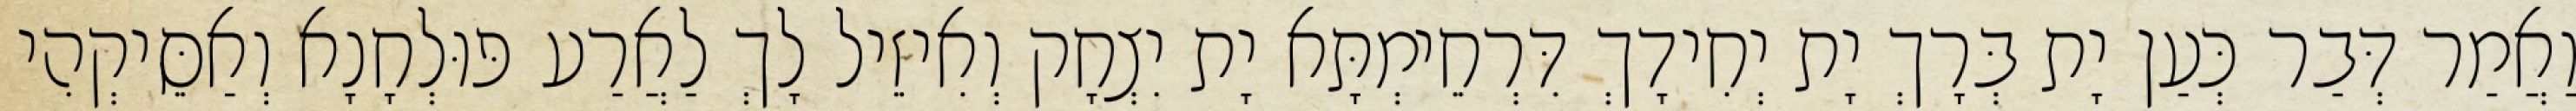
וַאֲמַר דְּבַר כְּעַן יָת בְּרָךְ יָת יְחִידָךְ דִּרְחֵימְתָּא יָת יִצְחָק וְאִיזֵיל לָךְ לַאֲרַע פּוּלְחָנָא וְאַסֵּיקְהִי